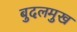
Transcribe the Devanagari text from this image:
बुदलमुख